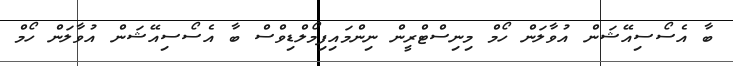
ބާ އެސޯސިއޭޝަން އުވާލަން ހޯމް މިނިސްޓްރީން ނިންމައިފިމޯލްޑިވްސް ބާ އެސޯސިއޭޝަން އުވާލަން ހޯމް